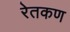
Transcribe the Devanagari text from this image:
रेतकण